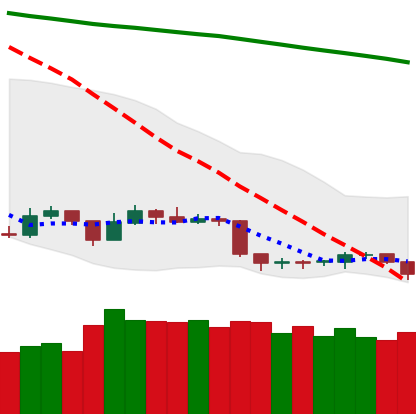
Ticker: TRX-USD
Chart end date: 2019-09-05
Forward return: 4.091%
Label: up_3_5